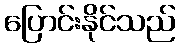
ပြောင်းနိုင်သည်